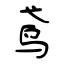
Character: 鸢